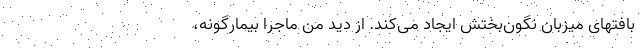
بافتهای میزبان نگون‌بختش ایجاد می‌کند. از دید من ماجرا بیمارگونه،